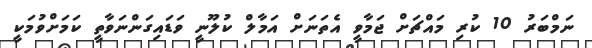
ނަމްބަރު 10 ކުރި މައްޗަށް ޖަމާވީ އެތަނަށް އަމާލް ކުލޫނީ ވަޑައިގަންނަވާތީ ކަމަށްވުމަކީ